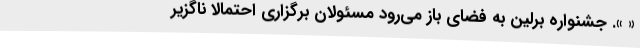
« ». جشنواره برلین به فضای باز می‌رود مسئولان برگزاری احتمالا ناگزیر